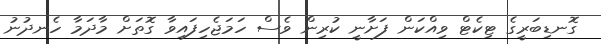
ގޮނޑިބަރީގެ ޓިކެޓް ވިއްކަން ފަށާނީ ކުރިން ވެސް ހަމަޖެހިފައިވާ ގޮތަށް މާދަމާ ހެނދުނު